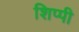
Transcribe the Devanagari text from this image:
शिप्पी